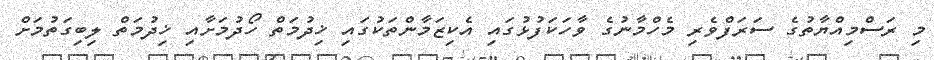
މި ރަސްމިއްޔާތުގެ ސަރަފްވެރި މެހްމާނުގެ ވާހަކަފުޅުގައި އެކިޒަމާންތަކުގައި ޚިދުމަތް ހޯދުމަށާއި ޚިދުމަތް ލިބިގަތުމަށް